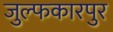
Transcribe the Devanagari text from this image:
जुल्फकारपुर